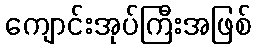
ကျောင်းအုပ်ကြီးအဖြစ်